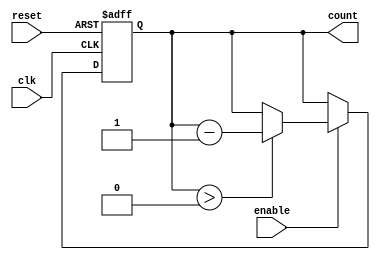
module MemoryBlocksDownCounter #(
    parameter WIDTH = 4,          // Width of the counter (number of bits)
    parameter INITIAL_VALUE = 15  // Predefined initial value for the counter
)(
    input wire clk,               // Clock signal
    input wire reset,             // Asynchronous reset signal
    input wire enable,            // Control signal to enable counting
    output reg [WIDTH-1:0] count  // Current value of the counter
);

    // Asynchronous reset and counting logic
    always @(posedge clk or posedge reset) begin
        if (reset) begin
            count <= INITIAL_VALUE; // Load initial value on reset
        end else if (enable) begin
            if (count > 0) begin
                count <= count - 1; // Decrement the counter
            end
            // If count is 0, it remains at 0 until reset or enabled again
        end
    end

endmodule